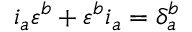
i _ { a } \varepsilon ^ { b } + \varepsilon ^ { b } i _ { a } = \delta _ { a } ^ { b }